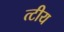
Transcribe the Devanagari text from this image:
त्टीय